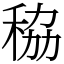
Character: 䅄